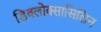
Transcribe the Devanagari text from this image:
डिक्लोक्सासिलिन